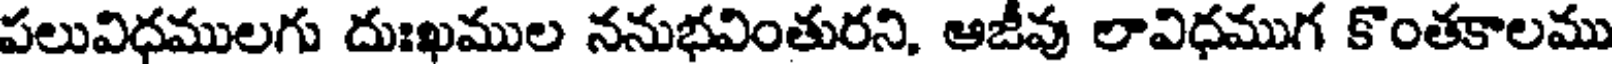
పలువిధములగు దుఃఖముల ననుభవింతురని, ఆజీవు లావిధముగ కొంతకాలము